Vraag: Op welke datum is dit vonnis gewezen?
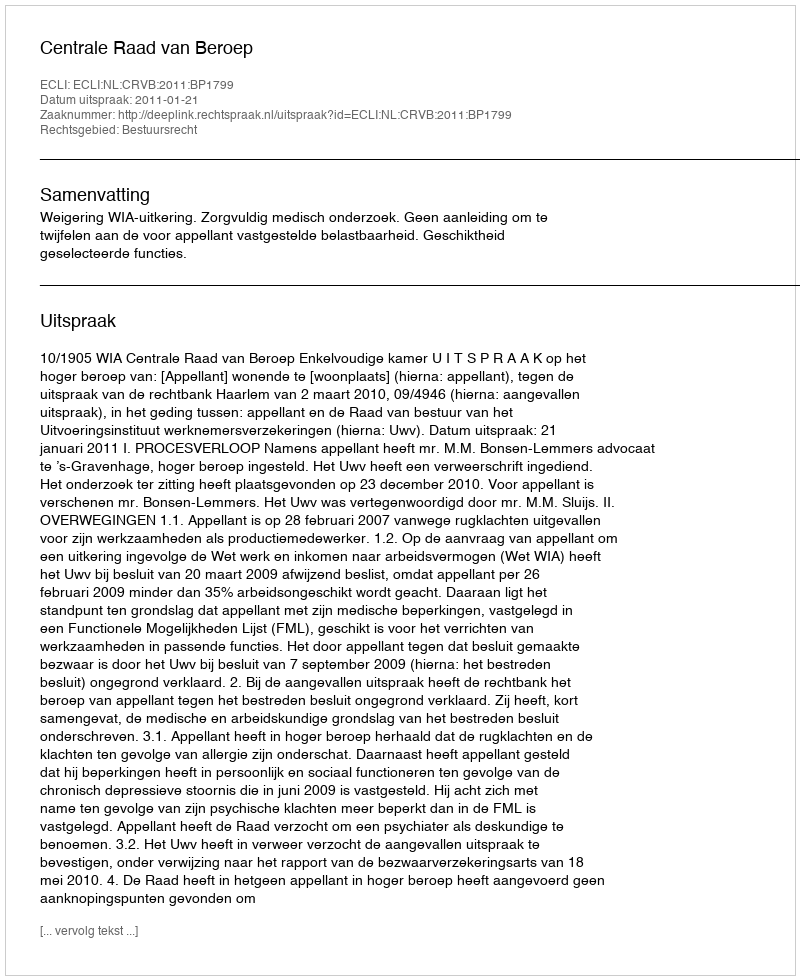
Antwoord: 2011-01-21